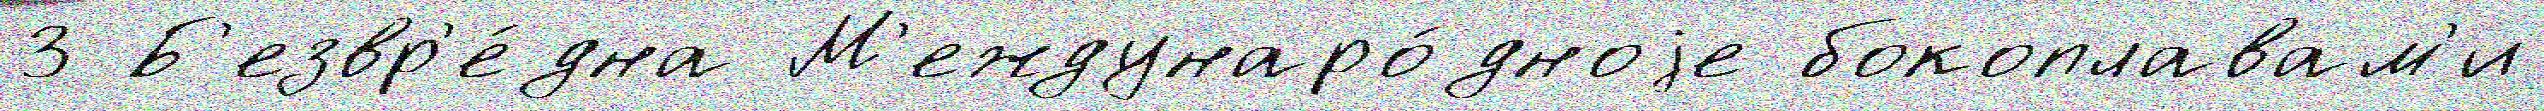
3 Б'езвр'е́дна М'еждунаро́дноjе бокоплавам'и